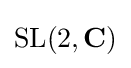
\mathrm {SL} (2,\mathbf {C} )